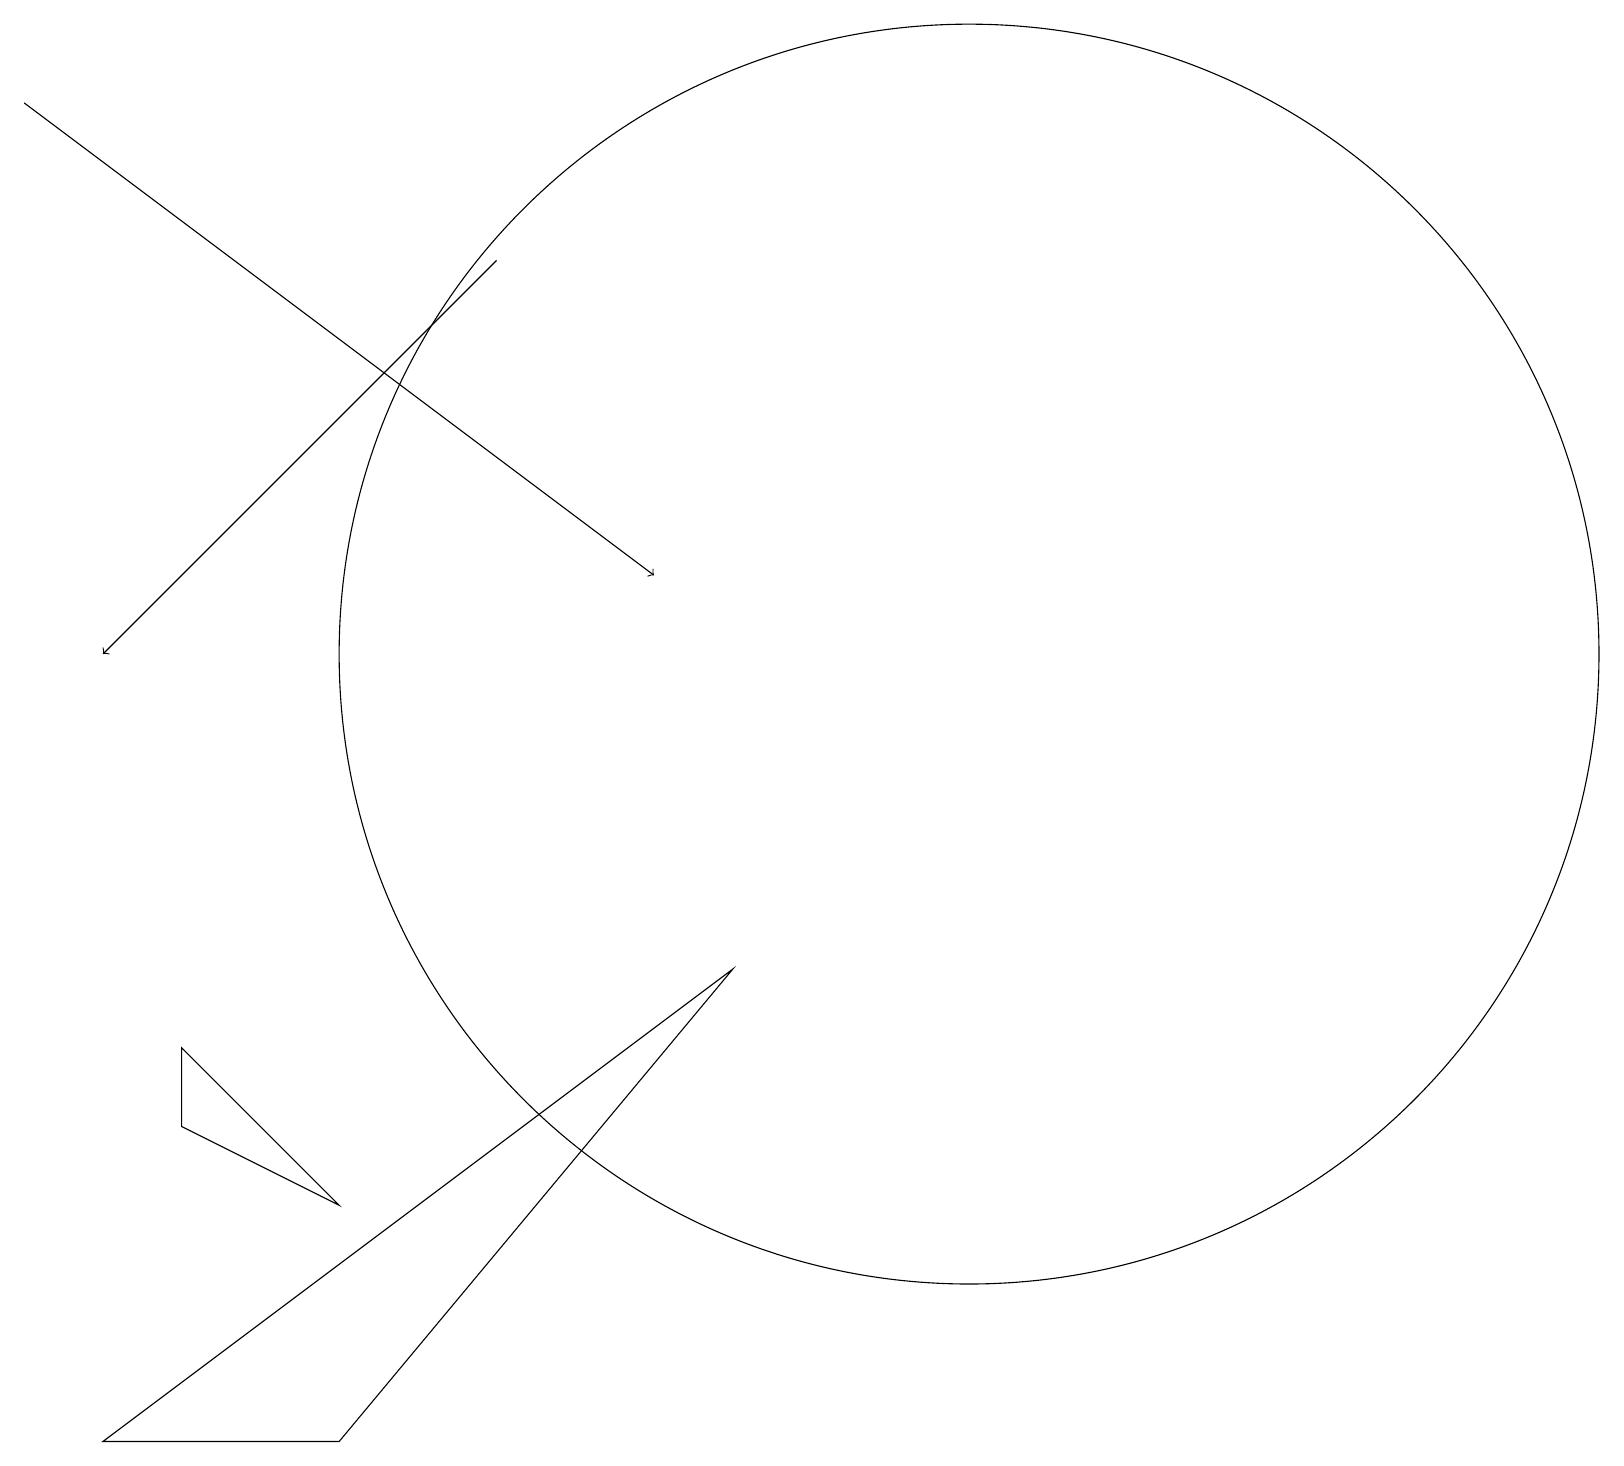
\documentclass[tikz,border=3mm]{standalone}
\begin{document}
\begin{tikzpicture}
\draw (1,0) -- (9,6) -- (4,0) -- cycle;
\draw (2,4) -- (4,3) -- (2,5) -- cycle;
\draw[->] (0,17) -- (8,11);
\draw[->] (6,15) -- (1,10);
\draw (12,10) circle (8);
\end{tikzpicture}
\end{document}